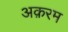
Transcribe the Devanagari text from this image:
अक़रम